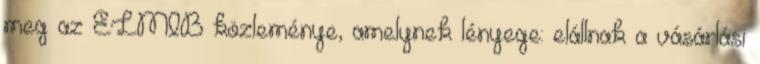
meg az ELMIB közleménye, amelynek lényege: elállnak a vásárlási